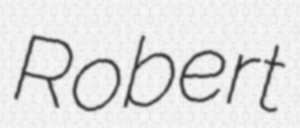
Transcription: Robert